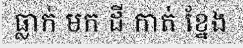
ធ្លាក់ មក ដី កាត់ ខ្នែង